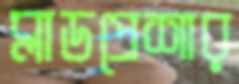
ব্লাডপ্রেশার